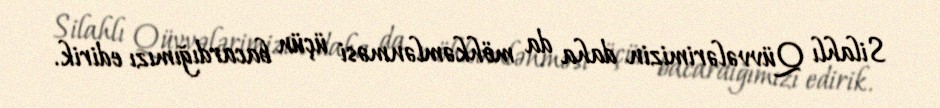
Silahlı Qüvvələrimizin daha da möhkəmlənməsi üçün bacardığımızı edirik.